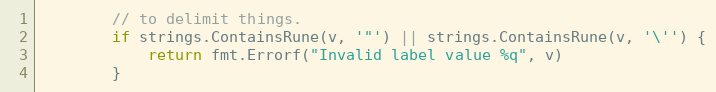
Language: Go
		// to delimit things.
		if strings.ContainsRune(v, '"') || strings.ContainsRune(v, '\'') {
			return fmt.Errorf("Invalid label value %q", v)
		}